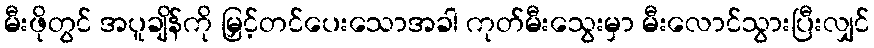
မီးဖိုတွင် အပူချိန်ကို မြှင့်တင်ပေးသောအခါ ကုတ်မီးသွေးမှာ မီးလောင်သွားပြီးလျှင်